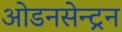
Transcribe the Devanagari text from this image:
ओडनसेन्ट्रन